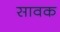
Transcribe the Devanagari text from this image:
सावक